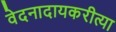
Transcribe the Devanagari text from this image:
वेदनादायकरीत्या